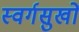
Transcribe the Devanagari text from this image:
स्वर्गसुखों